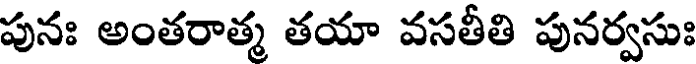
పునః అంతరాత్మ తయా వసతీతి పునర్వసు: